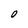
Character: O